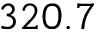
3 2 0 . 7